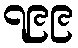
၇၉၉